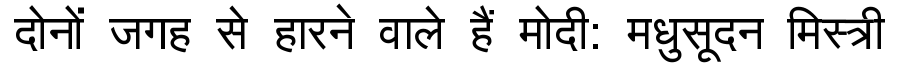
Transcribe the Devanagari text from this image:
दोनों जगह से हारने वाले हैं मोदी: मधुसूदन मिस्त्री